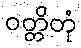
ဝတ္တိတုံ